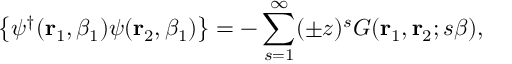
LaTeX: \left\{ \psi ^ { \dagger } ( { \bf r } _ { 1 } , \beta _ { 1 } ) \psi ( { \bf r } _ { 2 } , \beta _ { 1 } ) \right\} = - \sum _ { s = 1 } ^ { \infty } ( \pm z ) ^ { s } G ( { \bf r } _ { 1 } , { \bf r } _ { 2 } ; s \beta ) ,